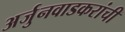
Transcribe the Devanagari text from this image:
अर्जुनवाडकरांची